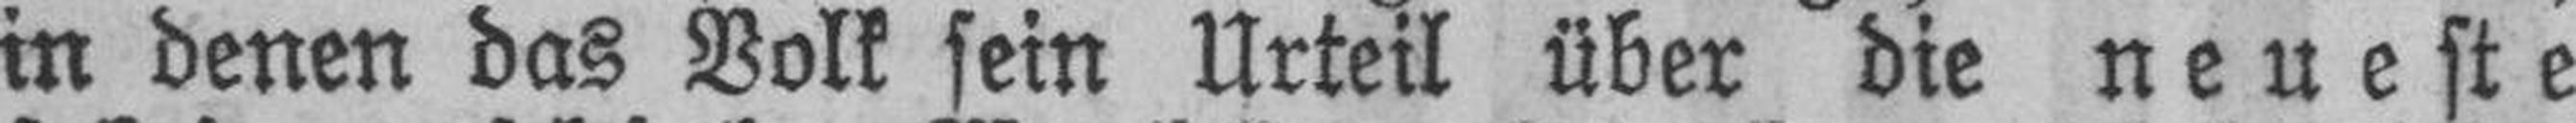
in denen das Volk sein Urteil über die neueste